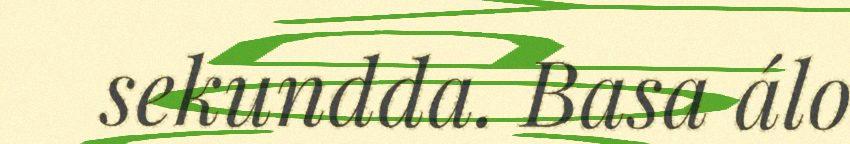
sekundda. Basa álo